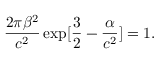
\frac { 2 \pi \beta ^ { 2 } } { c ^ { 2 } } \exp [ \frac { 3 } { 2 } - \frac { \alpha } { c ^ { 2 } } ] = 1 .